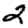
Digit: 2